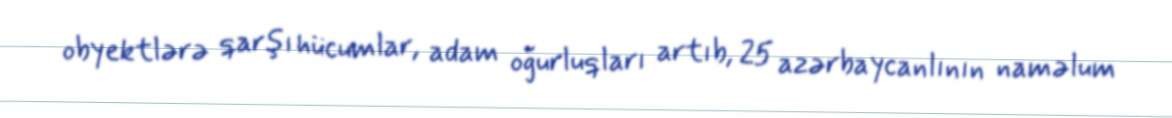
obyektlərə qarşı hücumlar, adam oğurluqları artıb, 25 azərbaycanlının naməlum